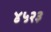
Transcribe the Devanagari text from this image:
४५२३